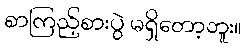
စာကြည့်စားပွဲ မရှိတော့ဘူး။